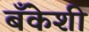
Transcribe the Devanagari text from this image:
बँकेशी